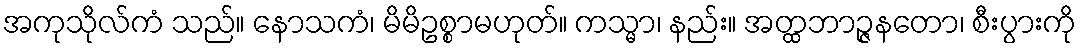
အကုသိုလ်ကံ သည်။ နောသကံ၊ မိမိဥစ္စာမဟုတ်။ ကသ္မာ၊ နည်း။ အတ္ထဘာဉ္ဇနတော၊ စီးပွားကို